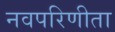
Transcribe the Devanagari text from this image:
नवपरिणीता